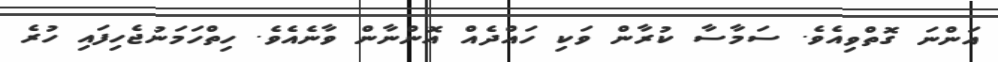
އަންނަ ގޮތްވިއެވެ. ސަމާސާ ކުރާން ވަކި ހައްދެއް އޮންނާން ވާނެއެވެ. ހިތްހަމަނުޖެހިފައި ހުރެ